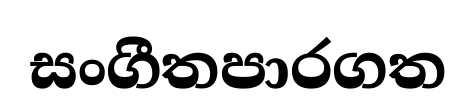
සංගීතපාරගත